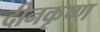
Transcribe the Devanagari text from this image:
दीनकृष्ण